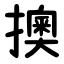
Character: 擙